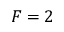
F = 2